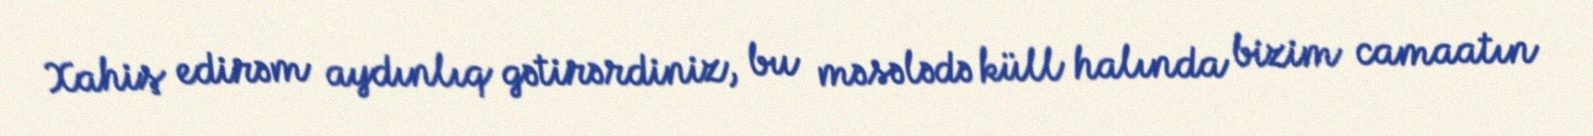
Xahiş edirəm aydınlıq gətirərdiniz, bu məsələdə küll halında bizim camaatın